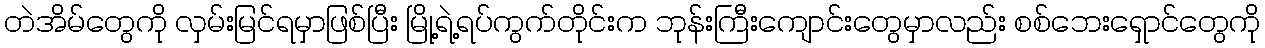
တဲအိမ်တွေကို လှမ်းမြင်ရမှာဖြစ်ပြီး မြို့ရဲ့ရပ်ကွက်တိုင်းက ဘုန်းကြီးကျောင်းတွေမှာလည်း စစ်ဘေးရှောင်တွေကို